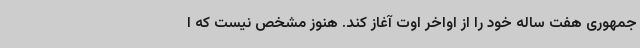
جمهوری هفت ساله خود را از اواخر اوت آغاز کند. هنوز مشخص نیست که ا